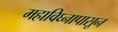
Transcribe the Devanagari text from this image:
महाविघ्नापासून